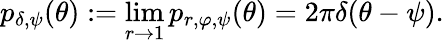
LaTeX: p_{\delta,\psi}(\theta):=\operatorname*{lim}_{r\to 1}p_{r,\varphi,\psi}(\theta)=2\pi\delta(\theta-\psi).